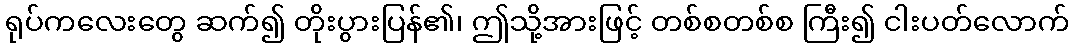
ရုပ်ကလေးတွေ ဆက်၍ တိုးပွားပြန်၏၊ ဤသို့အားဖြင့် တစ်စတစ်စ ကြီး၍ ငါးပတ်လောက်